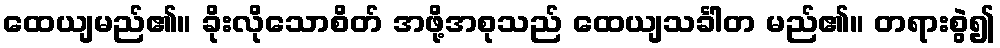
ထေယျမည်၏။ ခိုးလိုသောစိတ် အဖို့အစုသည် ထေယျသင်္ခါတ မည်၏။ တရားစွဲ၍